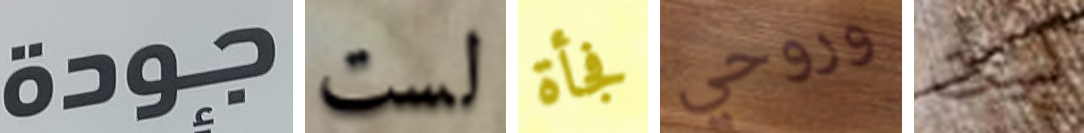
جودة لست فجأة وروحي لبيت